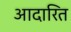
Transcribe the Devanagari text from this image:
आदारित